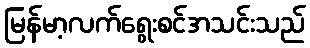
မြန်မာ့လက်ရွေးစင်အသင်းသည်